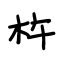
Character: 杵